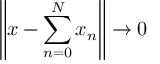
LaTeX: \left\| x - \sum _ { n = 0 } ^ { N } x _ { n } \right\| \to 0